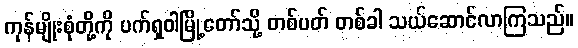
ကုန်မျိုးစုံတို့ကို ပက်ရှဝါမြို့တော်သို့ တစ်ပတ် တစ်ခါ သယ်ဆောင်လာကြသည်။